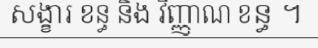
សង្ខារ ខន្ធ និង វិញ្ញាណ ខន្ធ ។